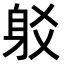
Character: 𨈠